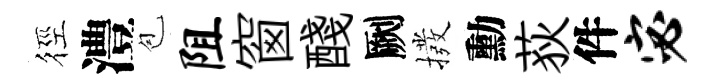
徑澧苞阻窗醆劂撥勳荻件宓